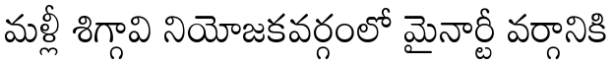
మళ్లీ శిగ్గావి నియోజకవర్గంలో మైనార్టీ వర్గానికి